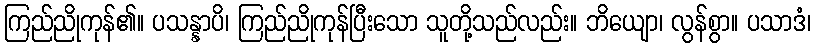
ကြည်ညိုကုန်၏။ ပသန္နာပိ၊ ကြည်ညိုကုန်ပြီးသော သူတို့သည်လည်း။ ဘိယျော၊ လွန်စွာ။ ပသာဒံ၊